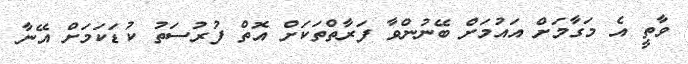
ވާތީ އެ މަގާމަށް އައުމަށް ބޭނުންވާ ފަރާތްތަކަށް އޮތް ފުރުސަތު ކުޑަކަމަށް އޭނާ